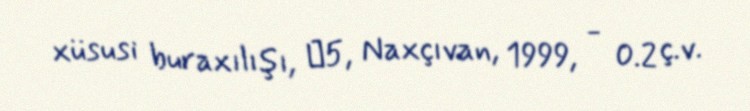
xüsusi buraxılışı, №5, Naxçıvan, 1999, - 0.2 ç.v.